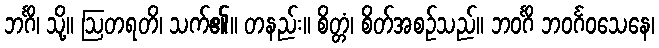
ဘင်္ဂိ၊ သို့။ ဩတရတိ၊ သက်၏။ တနည်း။ စိတ္တံ၊ စိတ်အစဉ်သည်။ ဘဝင်္ဂိ ဘဝင်္ဂဝသေနေ၊